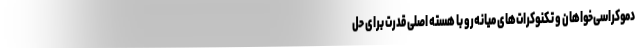
دموکراسی‌خواهان و تکنوکرات‌های میانه‌رو با هسته اصلی قدرت برای حل